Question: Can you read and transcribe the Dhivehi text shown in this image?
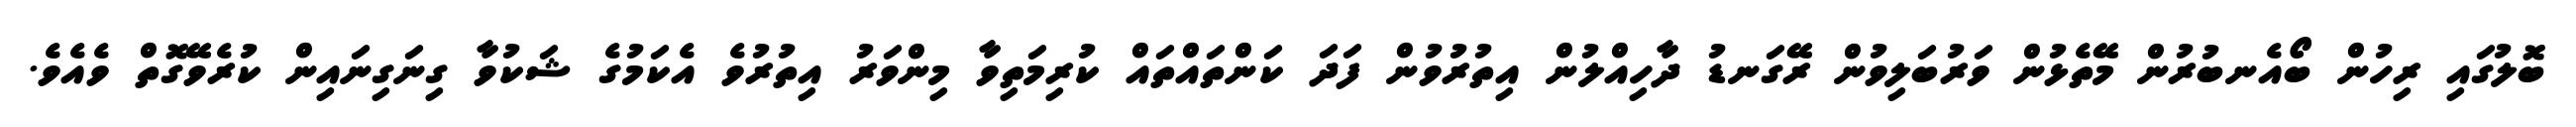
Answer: ބޮލުގައި ރިހުން ބޯއެނބުރުން މޭތެޅުން ވަރުބަލިވުން ރޭގަނޑު ދާހިއްލުން އިތުރުވުން ފަދަ ކަންތައްތައް ކުރިމަތިވާ މިންވަރު އިތުރުވެ އެކަމުގެ ޝަކުވާ ގިނަގިނައިން ކުރެވޭގޮތް ވެއެވެ.